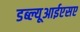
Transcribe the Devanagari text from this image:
डब्ल्यूआईएसए